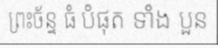
ព្រះច័ន្ទ ធំ បំផុត ទាំង បួន